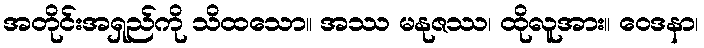
အတိုင်းအရှည်ကို သိထသော။ အဿ မနုဇဿ၊ ထိုလူအား။ ဝေဒနာ၊